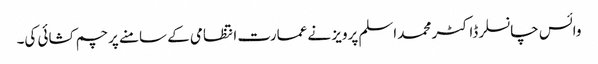
وائس چانسلر ڈاکٹر محمد اسلم پرویز نے عمارت انتظامی کے سامنے پرچم کشائی کی۔